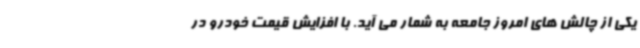
یکی از چالش های امروز جامعه به شمار می آید. با افزایش قیمت خودرو در